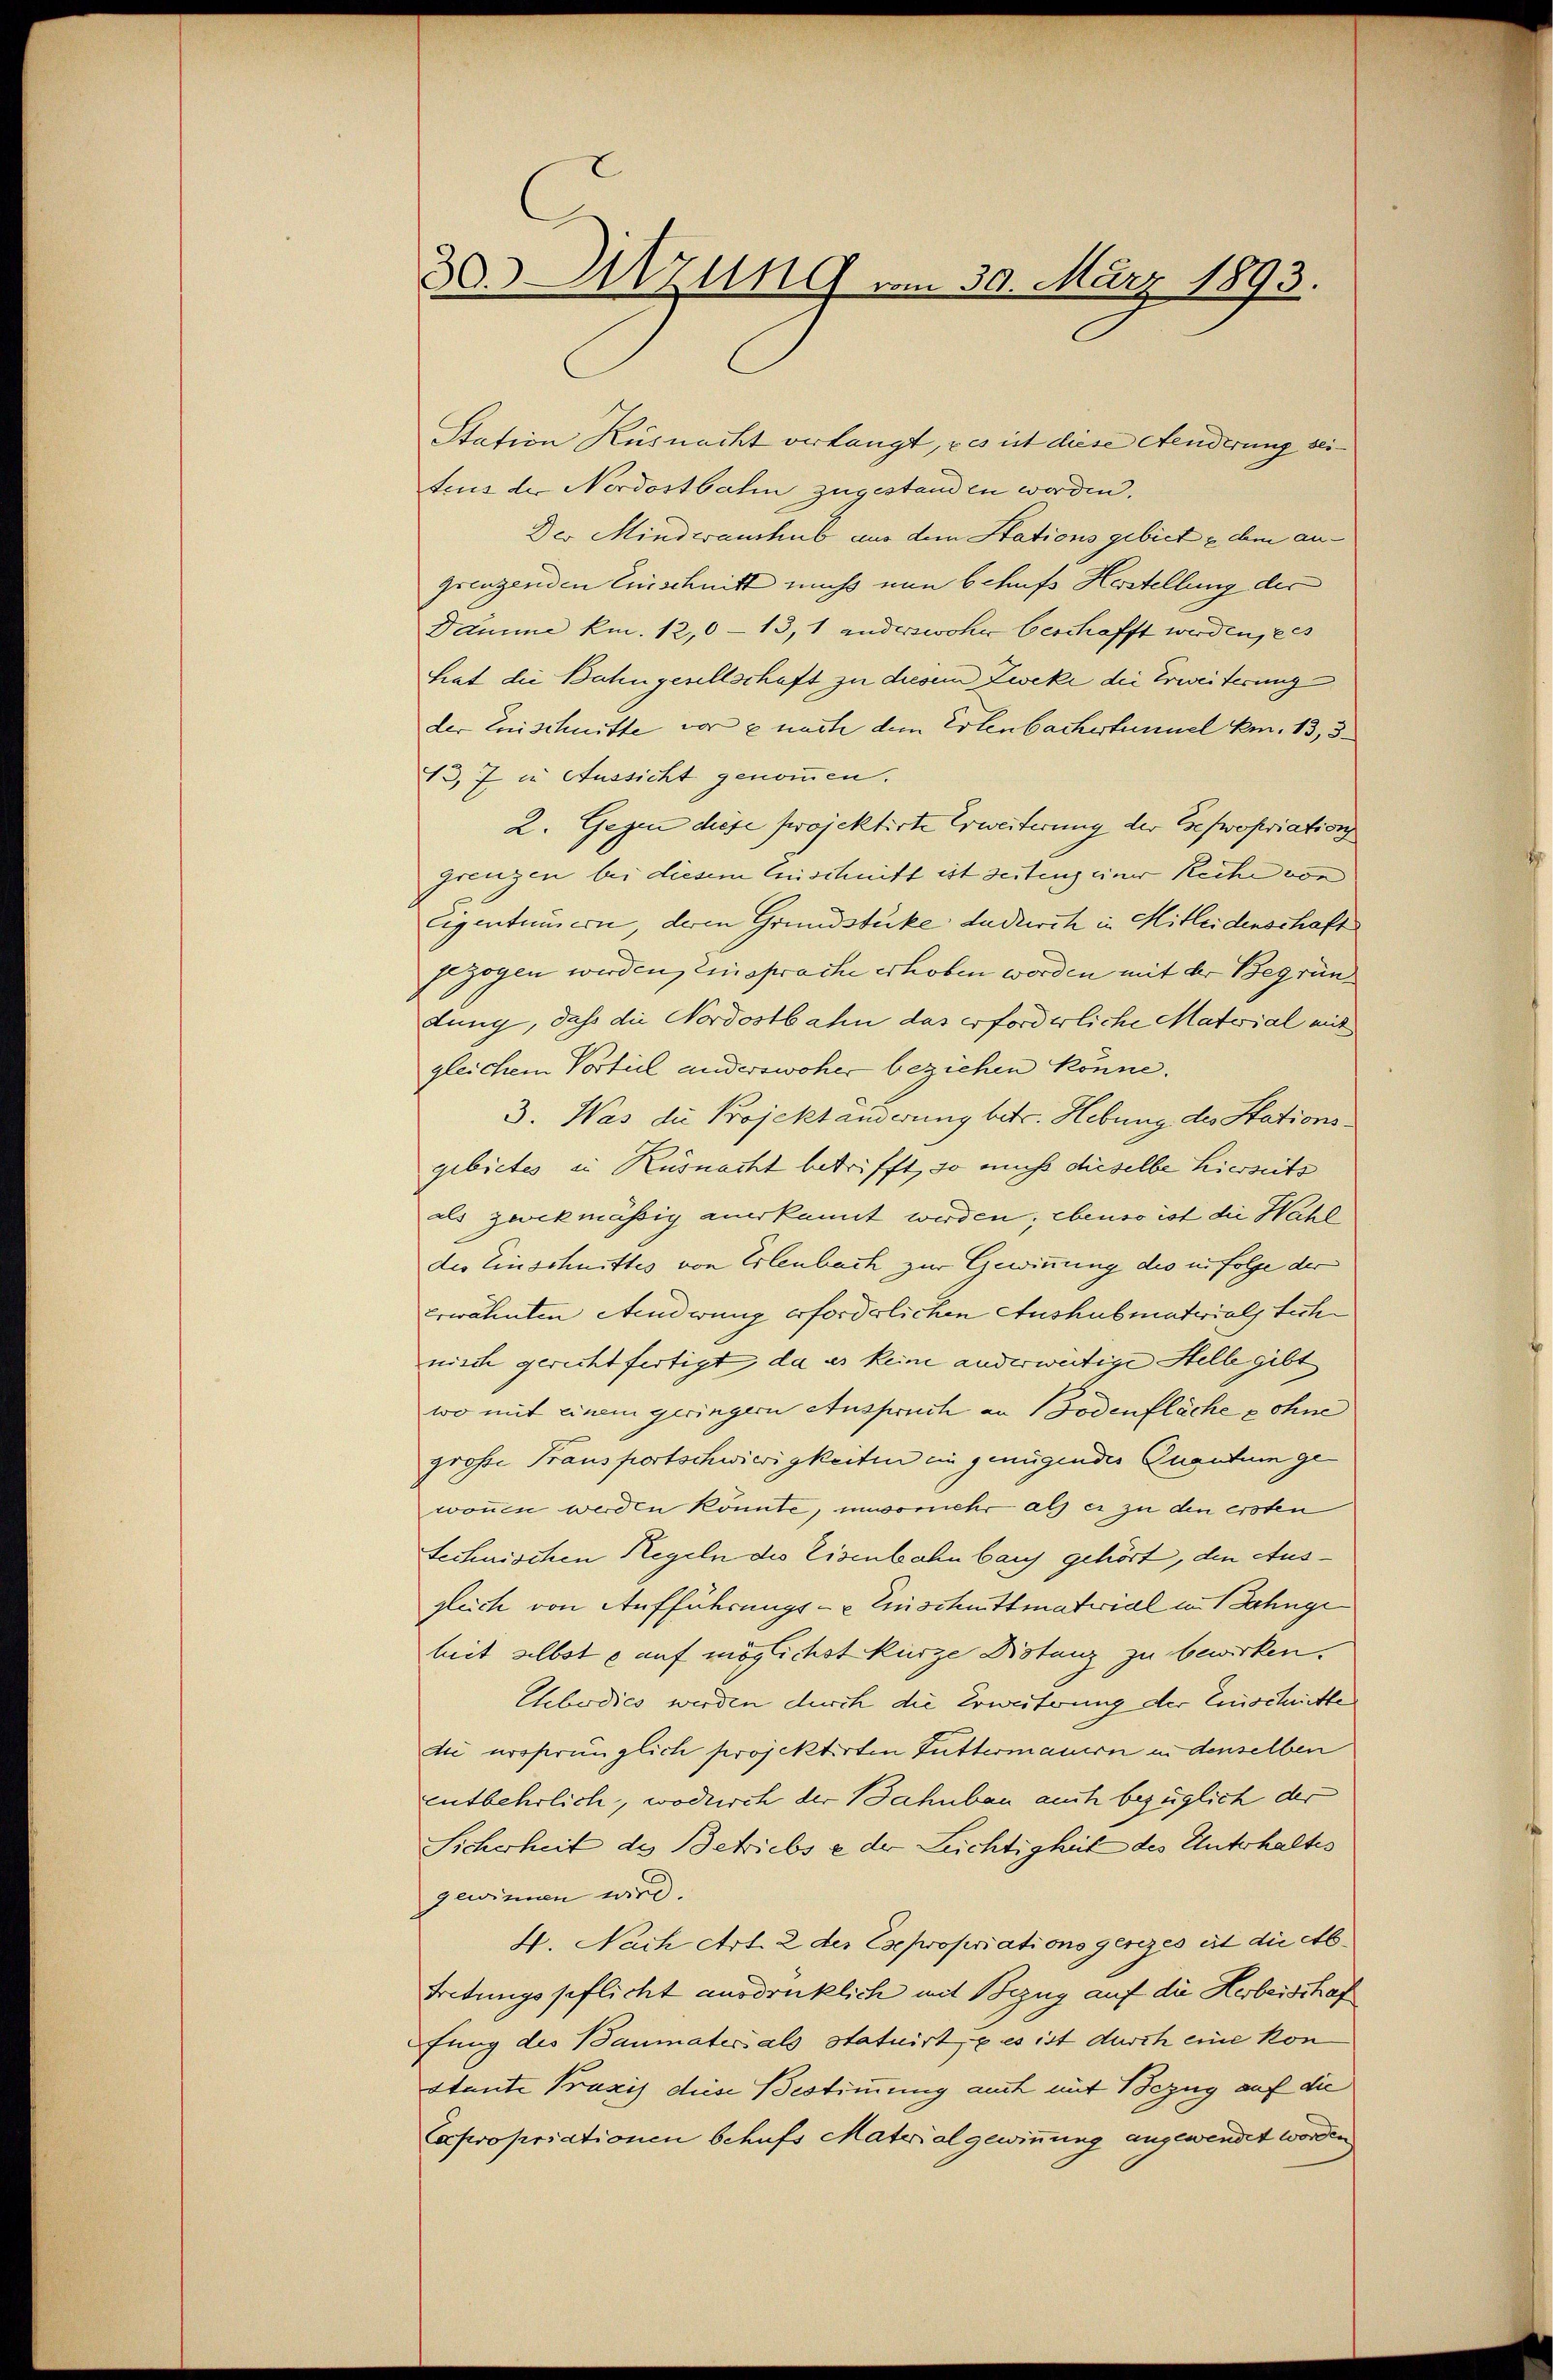
Station Küsnacht verlangt, es ist diese Aenderung seitrus der Nordostbahn zugestanden worden.
Der Mindwanhub aus dem Stationsgebiete dem angrenzenden Einschnitt muss nun behufs Herstellung der
Dämme km. 12,0 -13, 1 anderswoher beschafft werden, e
trat die Bahngesellschaft zu diesem Zweke die Erweiterung
der Erischnitte vor e nach dem Erlenbachertennel km. 13, 3
13, 7 in Aussicht genommen.
2. Gegen diese projektirte Erweiterung der Esepropriation
grenzen bei diesem Eischnitt ist seiting einer Reihe von
Eigentümern, deren Grundstücke dadurch in Mitleidenschaft
gezogen werden, Einsprache erhoben worden mit der Begründung, daß die Nordostbahn das erforderliche Material mit
gleichem Vorteil anderswoher beziehen könne.
3. Was die Projektänderung betr. Hebung des Stationsgebietes in Küsnacht betrifft, so muss dieselbe hierzeits
als zwekmässig anerkannt werden; ebenso ist die Wahl
des Einschnittes von Erlenbach zur Gewinnung des in folge der
erwähnten Aenderung erforderlichen Aushubmaterials sich
nisch gericht fertigt, da es keine anderweitige Stelle gibt
wo mit einem geringern Anspruch an Bodenfläche ohne
große Transportschwierigkeiten ein genügendes Zugutum gewonen werden könnte, umsomehr als es zu den ersten
technischen Regeln des Eisenbahnbau gehört, den Ausgleich von Aufführungs- u Einsitttmaterial in Bahnge
heit selbst e auf möglichst kürze Distanz zu bewirken.
Uebodics werden durch die Erweiterung der Einschritte
dii versprünglich projektirten Futtermauern in denselben
entbehrlich, wodurch der Bahnbau auch bezüglich der
Sicherheit des Betriebs e der Lichtigkeit des Unterhaltes
gewimmen wird.
4. Nach Art. 2 der Ese propriationsgesezes ist die Ab¬
Tretungspflicht ausdrücklich mit Bezug auf die Herbeischaf
fung des Baumaters als statuirt, & es ist durch eine kon
stante Praxis diese Bestimmung auch mit Bezug auf die
expropriationen behufs Materialgewinnung angewendet worden

30. Sitzung vom 30. März 1893.